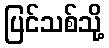
ပြင်သစ်သို့